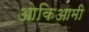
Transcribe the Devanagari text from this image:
ओकिआमी